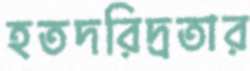
হতদরিদ্রতার